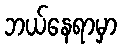
ဘယ်နေရာမှာ